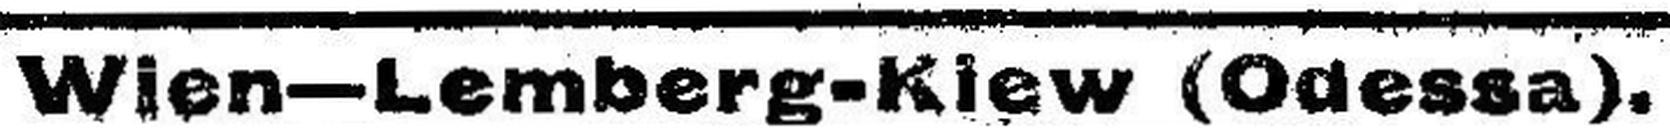
Wien-Lemberg-Kiew (Odessa).